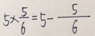
5 \times \frac { 5 } { 6 } = 5 - \frac { 5 } { 6 }